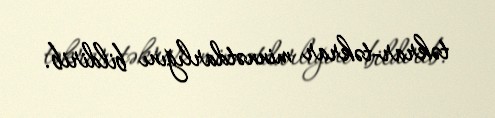
təkrar-təkrar minnətdarlığını bildirib.